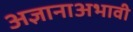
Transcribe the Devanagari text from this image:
अज्ञानाअभावी